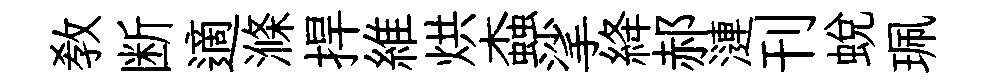
敎断適滌捍維烘螙挲絳郝漣刊蜕珮